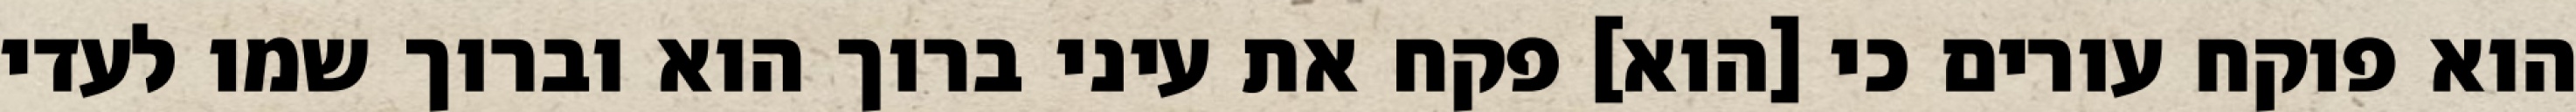
הוא פוקח עורים כי [הוא] פקח את עיני ברוך הוא וברוך שמו לעדי